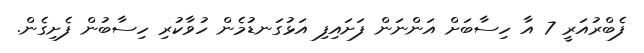
ފެބްރުއަރީ 7 އާ ހިސާބަށް އަންނަން ފަށައިފި އަޅުގަނޑުމެން ހުވާކުރި ހިސާބުން ފެށިގެން.